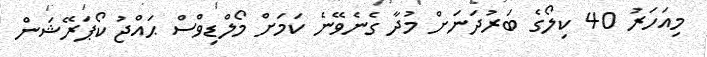
މިއަހަރު 40 ކިލޯގެ ބަރުދަނަށް މުދާ ގެނެވޭނެ ކަމަށް މޯލްޑިވްސް ޙައްޖު ކޯޕަރޭޝަން